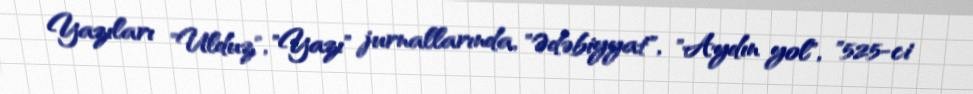
Yazıları "Ulduz", "Yazı" jurnallarında, "Ədəbiyyat", "Aydın yol", "525-ci